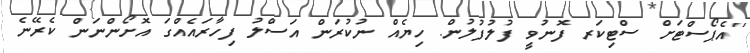
''އެޕޯސްޓަށް ސްޓިކަރ ފޮނުވީ ފުލުފުލުން. ހިޔެއް ނުކުރަން އަސްލު ފިހާރައެއްގަ އޮށޯންނަން ކެރޭނެ